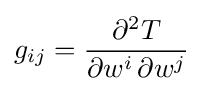
g_{ij}={\frac {\partial ^{2}T}{\partial w^{i}\,\partial w^{j}}}